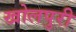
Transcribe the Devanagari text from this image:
खोलपुरी